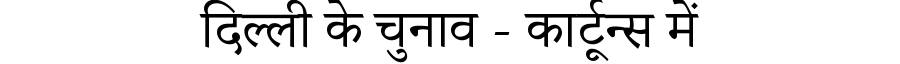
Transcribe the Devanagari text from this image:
दिल्ली के चुनाव - कार्टून्स में